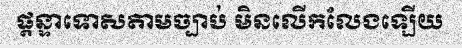
ផ្តន្ទាទោសតាមច្បាប់ មិនលើកលែងឡើយ